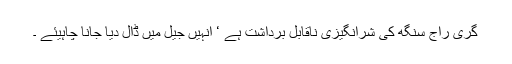
گری راج سنگھ کی شرانگیزی ناقابل برداشت ہے ‘ انہیں جیل میں ڈال دیا جانا چاہیئے ۔